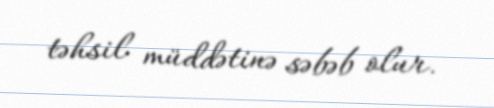
təhsil müddətinə səbəb olur.